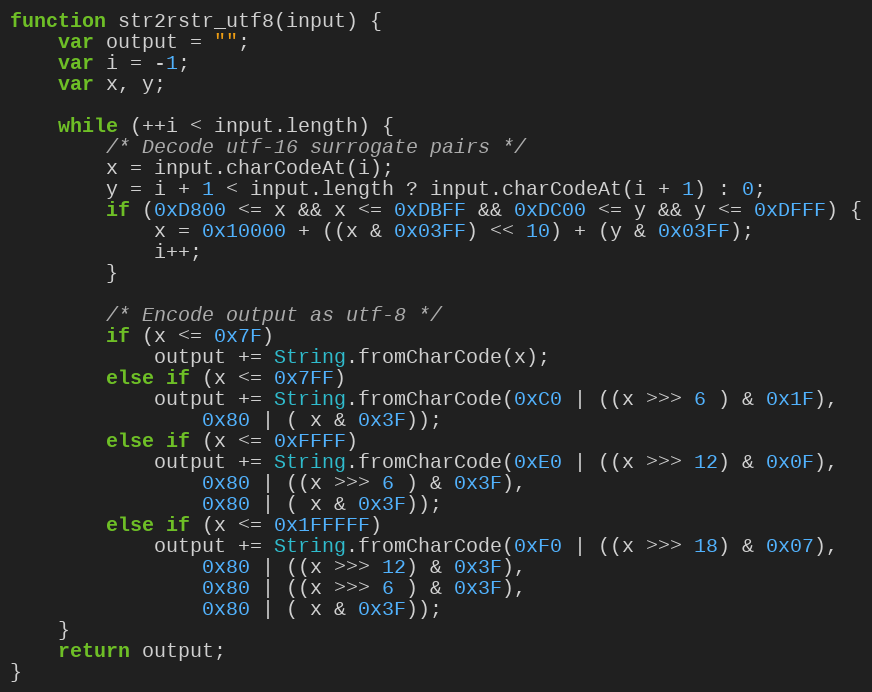
Language: JavaScript
function str2rstr_utf8(input) {
    var output = "";
    var i = -1;
    var x, y;

    while (++i < input.length) {
        /* Decode utf-16 surrogate pairs */
        x = input.charCodeAt(i);
        y = i + 1 < input.length ? input.charCodeAt(i + 1) : 0;
        if (0xD800 <= x && x <= 0xDBFF && 0xDC00 <= y && y <= 0xDFFF) {
            x = 0x10000 + ((x & 0x03FF) << 10) + (y & 0x03FF);
            i++;
        }

        /* Encode output as utf-8 */
        if (x <= 0x7F)
            output += String.fromCharCode(x);
        else if (x <= 0x7FF)
            output += String.fromCharCode(0xC0 | ((x >>> 6 ) & 0x1F),
                0x80 | ( x & 0x3F));
        else if (x <= 0xFFFF)
            output += String.fromCharCode(0xE0 | ((x >>> 12) & 0x0F),
                0x80 | ((x >>> 6 ) & 0x3F),
                0x80 | ( x & 0x3F));
        else if (x <= 0x1FFFFF)
            output += String.fromCharCode(0xF0 | ((x >>> 18) & 0x07),
                0x80 | ((x >>> 12) & 0x3F),
                0x80 | ((x >>> 6 ) & 0x3F),
                0x80 | ( x & 0x3F));
    }
    return output;
}